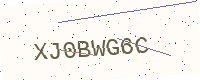
Text: XJ0BWG6C